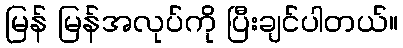
မြန် မြန်အလုပ်ကို ပြီးချင်ပါတယ်။